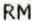
RM